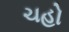
ચહો